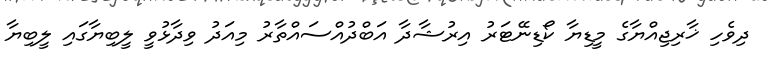
ދިވެހި ޚާރިޖިއްޔާގެ މީޑިޔާ ކޯޑިނޭޓަރު އިރުޝާދާ އަބްދުއްސައްތާރު މިއަދު ވިދާޅުވީ ލީބިޔާގައި ލީބިޔާ